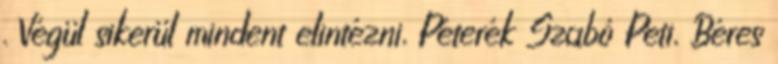
. Végül sikerül mindent elintézni, Péterék Szabó Peti, Béres